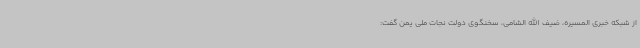
از شبکه خبری المسیره، ضیف الله الشامی، سخنگوی دولت نجات ملی یمن گفت: